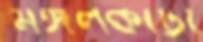
মঙ্গলকাটা